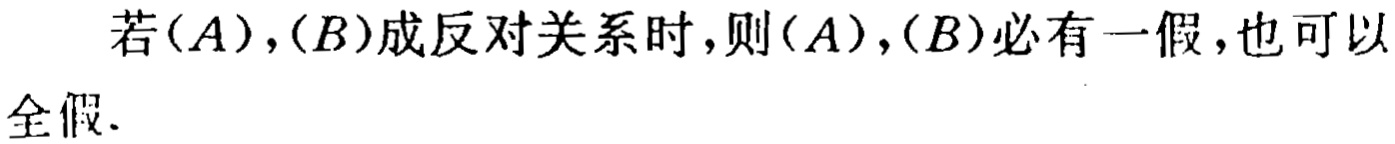
若\((A)\)，\((B)\)成反对关系时，则\((A)\)，\((B)\)必有一假，也可以全假.